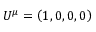
U ^ { \mu } = \left( 1 , 0 , 0 , 0 \right)